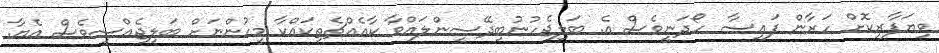
ވިޔަފާރިކޮށް ހަރާން ފައިސާ ހޯދަނީވެސް އެ. ބަލިޖެހުނުބިދޭސީންލައްވާ ކާއެއްޗެތިކައްކާ މީހުންނަށް ބަލިޖެއްސީވެސް އެޔާ.